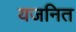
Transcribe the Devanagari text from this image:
यजनित